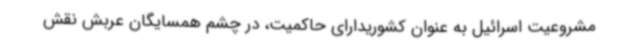
مشروعیت اسرائیل به عنوان کشوریدارای حاکمیت، در چشم همسایگان عربش نقش